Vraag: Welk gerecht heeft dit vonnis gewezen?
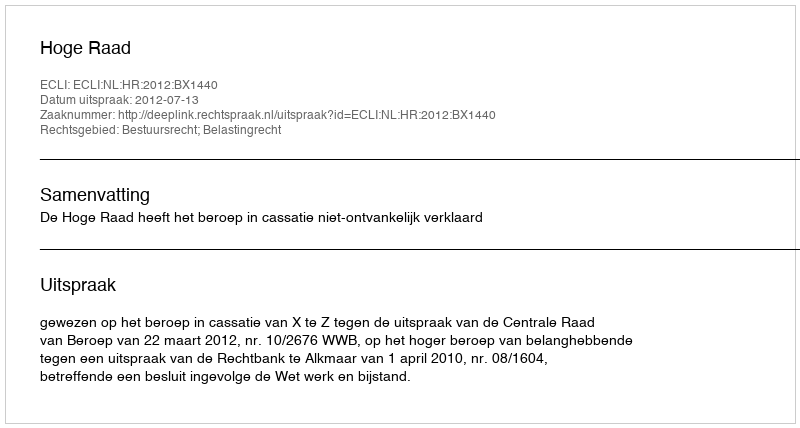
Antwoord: Hoge Raad